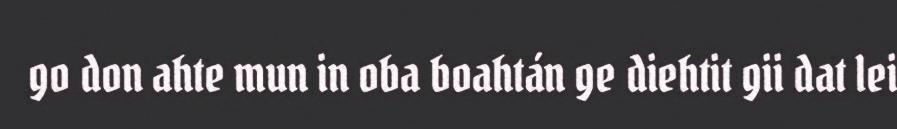
go don ahte mun in oba boahtán ge diehtit gii dat lei